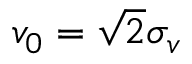
v _ { 0 } = \sqrt { 2 } \sigma _ { v }